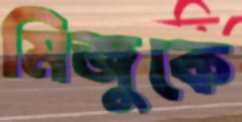
মিজুকে